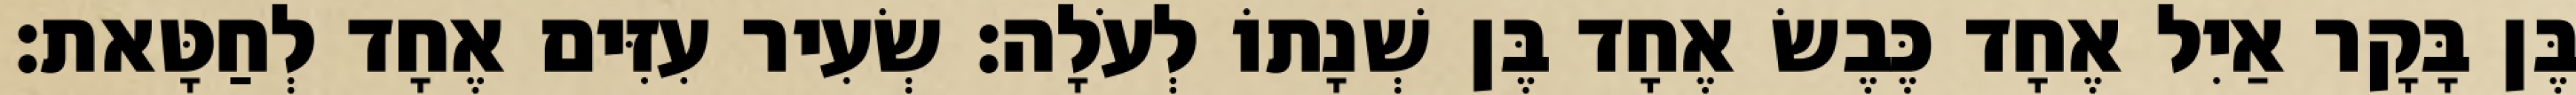
בֶּן בָּקָר אַיִל אֶחָד כֶּבֶשׂ אֶחָד בֶּן שְׁנָתוֹ לְעֹלָה׃ שְׂעִיר עִזִּים אֶחָד לְחַטָּאת׃